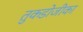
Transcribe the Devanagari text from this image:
तुकडोजीका